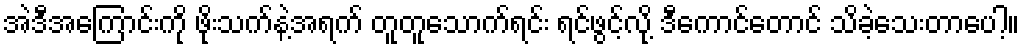
အဲဒီအကြောင်းကို ဖိုးသက်နဲ့အရက် တူတူသောက်ရင်း ရင်ဖွင့်လို့ ဒီကောင်တောင် သိခဲ့သေးတာပေါ့။